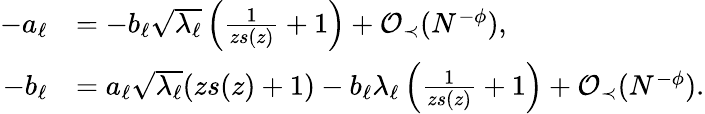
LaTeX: \begin{array}{rl}{-a_{\ell}}&{=-b_{\ell}\sqrt{\lambda_{\ell}}\left(\frac{1}{zs(z)}+1\right)+{\mathcal O}_{\prec}(N^{-\phi}),}\\ {-b_{\ell}}&{=a_{\ell}\sqrt{\lambda_{\ell}}(zs(z)+1)-b_{\ell}\lambda_{\ell}\left(\frac{1}{zs(z)}+1\right)+{\mathcal O}_{\prec}(N^{-\phi}).}\end{array}